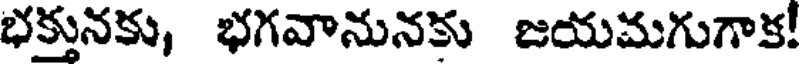
భక్తునకు, భగవానునకు జయమగుగాక!